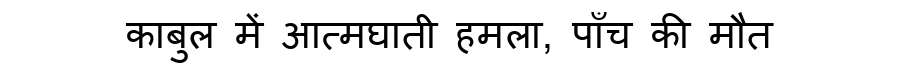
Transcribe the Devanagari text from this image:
काबुल में आत्मघाती हमला, पाँच की मौत